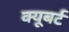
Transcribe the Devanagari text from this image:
क्यूबर्ट